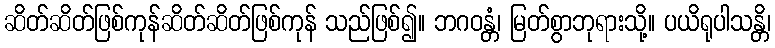
ဆိတ်ဆိတ်ဖြစ်ကုန်ဆိတ်ဆိတ်ဖြစ်ကုန် သည်ဖြစ်၍။ ဘဂဝန္တံ၊ မြတ်စွာဘုရားသို့။ ပယိရုပါသန္တိ၊